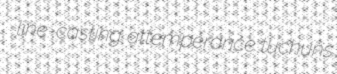
line-casting attemperance tuchuns